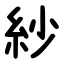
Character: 紗